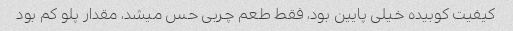
کیفیت کوبیده خیلی پایین بود، فقط طعم چربی حس میشد، مقدار پلو کم بود